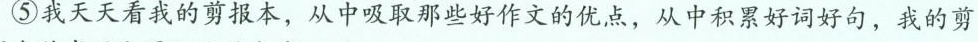
⑤我天天看我的剪报本，从中吸取那些好作文的优点，从中积累好词好句，我的剪